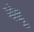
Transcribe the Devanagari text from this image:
नंदु